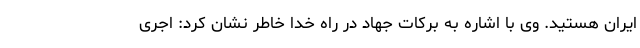
ایران هستید. وی با اشاره به برکات جهاد در راه خدا خاطر نشان کرد: اجری